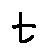
t